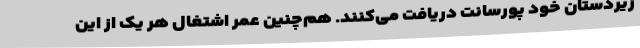
زیردستان خود پورسانت دریافت می‌کنند. هم‌چنین عمر اشتغال هر یک از این